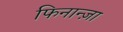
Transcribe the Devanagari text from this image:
फिनान्ज़ा